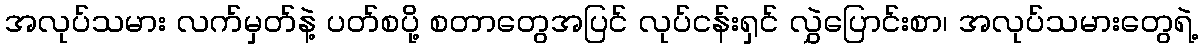
အလုပ်သမား လက်မှတ်နဲ့ ပတ်စပို့ စတာတွေအပြင် လုပ်ငန်းရှင် လွှဲပြောင်းစာ၊ အလုပ်သမားတွေရဲ့